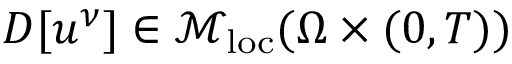
D [ u ^ { \nu } ] \in \mathcal { M } _ { \mathrm { l o c } } ( \Omega \times ( 0 , T ) )